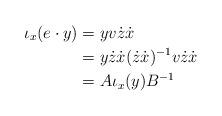
LaTeX: \begin{align*}\iota_x(e\cdot y) &= yv\dot{z}\dot{x}\\&= y\dot{z}\dot{x}(\dot{z}\dot{x})^{-1}v\dot{z}\dot{x}\\&=A\iota_x(y)B^{-1}\end{align*}